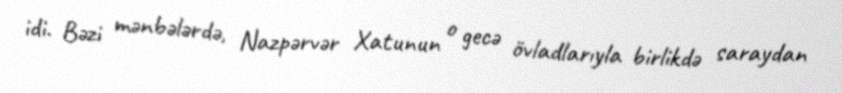
idi. Bəzi mənbələrdə, Nazpərvər Xatunun o gecə övladlarıyla birlikdə saraydan